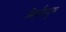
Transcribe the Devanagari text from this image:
निर्माणयुग